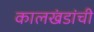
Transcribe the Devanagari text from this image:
कालखंडांची